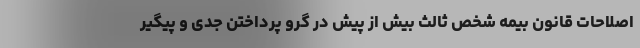
اصلاحات قانون بیمه شخص ثالث بیش از پیش در گرو پرداختن جدی و پیگیر